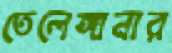
তেলেঙ্গানার